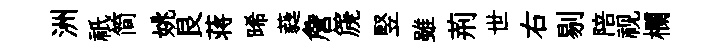
洲祇简姚艮蒋晞蕤詹篪竪雖荊世右剔陪视欄